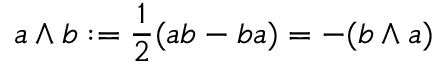
a \wedge b : = { \frac { 1 } { 2 } } ( a b - b a ) = - ( b \wedge a )